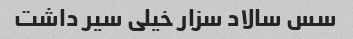
سس سالاد سزار خیلی سیر داشت